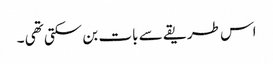
اس طریقے سے بات بن سکتی تھی ۔